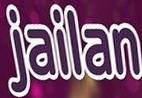
Jailan